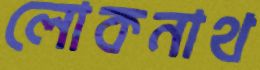
লোকনাথ